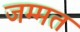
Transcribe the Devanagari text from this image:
जम्मत